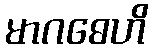
မာဂဓေဟိ